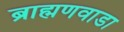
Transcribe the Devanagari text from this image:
ब्राह्मणवाडा